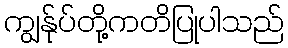
ကျွန်ုပ်တို့ကတိပြုပါသည်